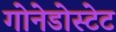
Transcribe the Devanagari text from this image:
गोनेडोस्टेट